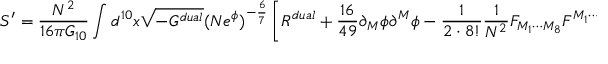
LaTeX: S ^ { \prime } = { \frac { N ^ { 2 } } { 1 6 \pi G _ { 1 0 } } } \int d ^ { 1 0 } x \sqrt { - G ^ { d u a l } } ( N e ^ { \phi } ) ^ { - { \frac { 6 } { 7 } } } \left[ { \cal R } ^ { d u a l } + { \frac { 1 6 } { 4 9 } } \partial _ { M } \phi \partial ^ { M } \phi - { \frac { 1 } { 2 \cdot 8 ! } } { \frac { 1 } { N ^ { 2 } } } F _ { M _ { 1 } \cdots M _ { 8 } } F ^ { M _ { 1 } \cdots M _ { 8 } } \right] .